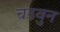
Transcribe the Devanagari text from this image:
चढवुन